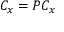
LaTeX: C _ { x } = P C _ { x }